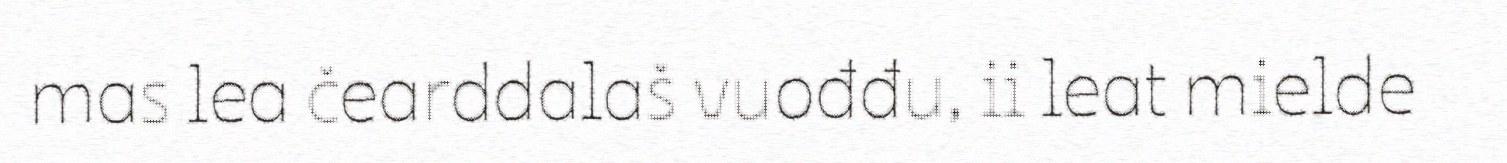
mas lea čearddalaš vuođđu, ii leat mielde